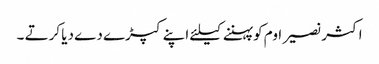
اکثر نصیر اوم کو پہننے کیلئے اپنے کپڑے دے دیا کرتے ۔